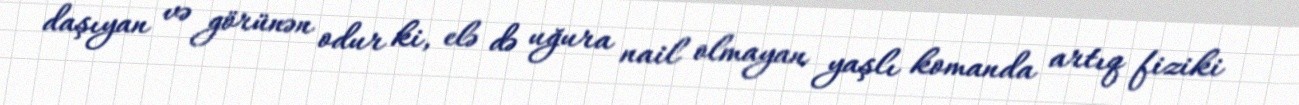
daşıyan və görünən odur ki, elə də uğura nail olmayan yaşlı komanda artıq fiziki